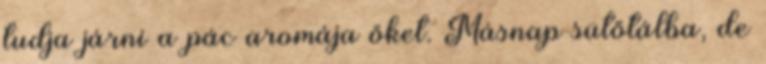
tudja járni a pác aromája őket. Másnap sütőtálba, de